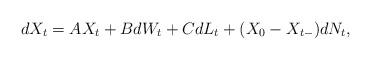
LaTeX: \begin{align*} dX_t=AX_t+BdW_t+CdL_t+(X_0-X_{t-})dN_t,\end{align*}